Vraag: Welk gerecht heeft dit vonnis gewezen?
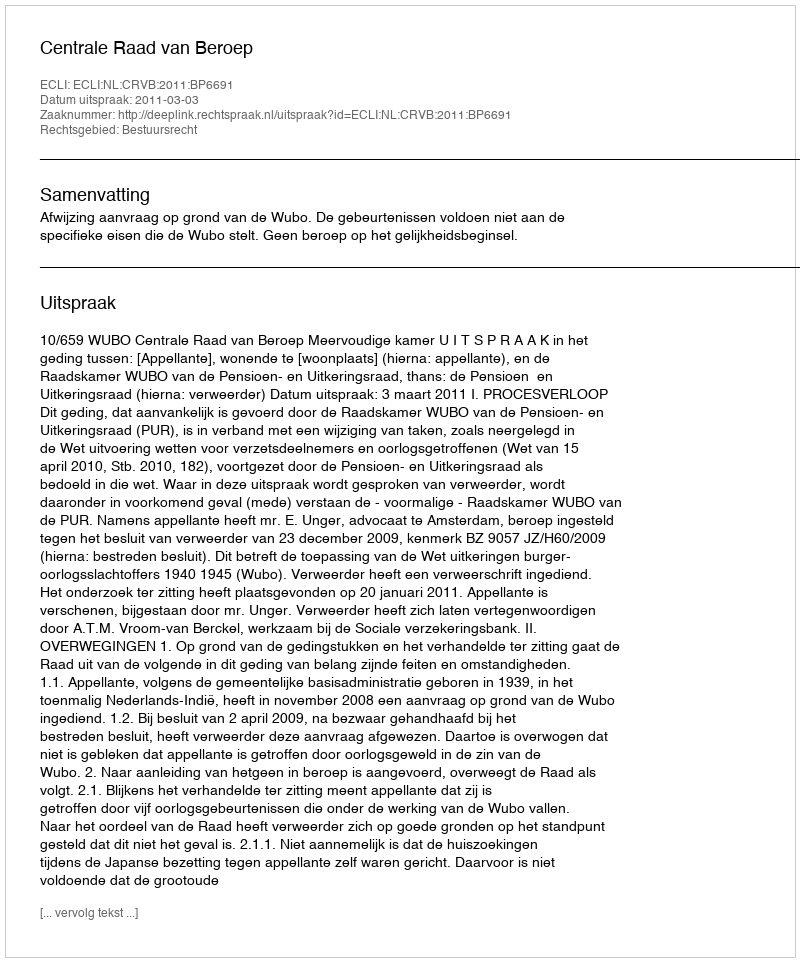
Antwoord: Centrale Raad van Beroep